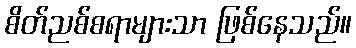
စိတ်ညစ်စရာများသာ ဖြစ်နေသည်။